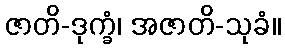
ဇာတိ-ဒုက္ခံ၊ အဇာတိ-သုခံ။